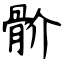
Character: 骱